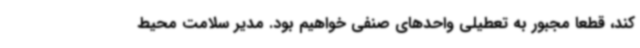
کند، قطعا مجبور به تعطیلی واحدهای صنفی خواهیم بود. مدیر سلامت محیط